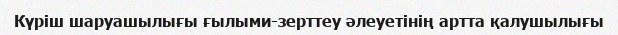
Күріш шаруашылығы ғылыми-зерттеу әлеуетінің артта қалушылығы